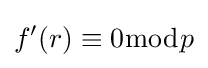
f'(r)\equiv 0{\bmod {p}}